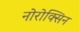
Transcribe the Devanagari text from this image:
नोरोक्सिन